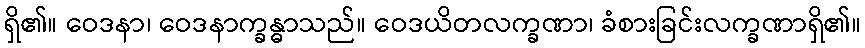
ရှိ၏။ ဝေဒနာ၊ ဝေဒနာက္ခန္ဓာသည်။ ဝေဒယိတလက္ခဏာ၊ ခံစားခြင်းလက္ခဏာရှိ၏။